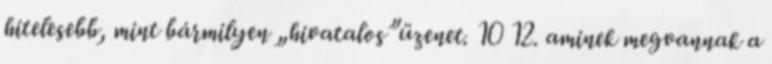
hitelesebb, mint bármilyen „hivatalos”üzenet. 10 12. aminek megvannak a